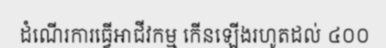
ដំណើរការធ្វើអាជីវកម្ម កើនឡើងរហូតដល់ ៤០០